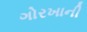
ગોરખાની